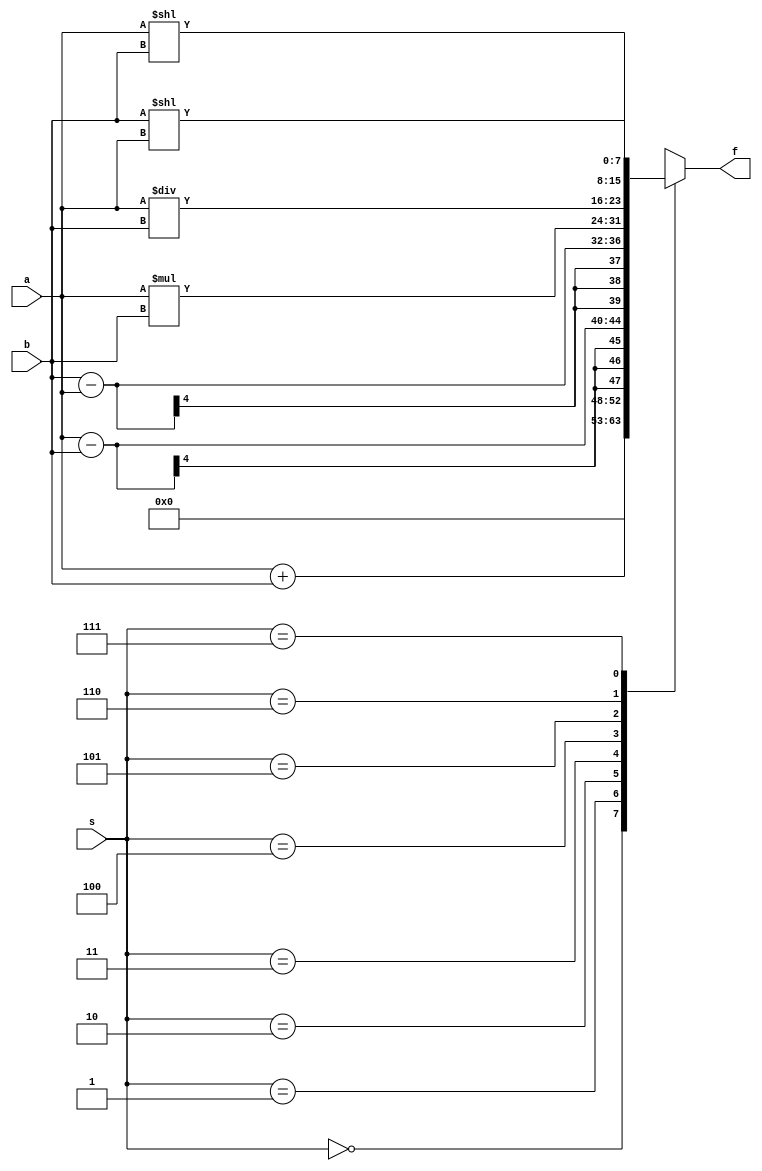
`timescale 1ns / 1ps
module alu(s,a,b,f);
input [2:0]s;
input [3:0]a,b;
output reg [7:0]f;
always@(*)
    case(s)
        0:f=4'b0000;
        1:f=a+b;
        2:f=a-b;
        3:f=b-a;
        4:f=a*b;
        5:f=a/b;
        6:f=a<<b;
        7:f=b<<a;
        default:f=4'b1111;
    endcase
endmodule